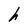
Character: h